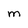
Character: M